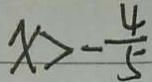
x > - \frac { 4 } { 5 }